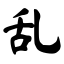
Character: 乱